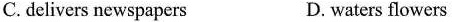
C.delivers newspapers D.waters flowers